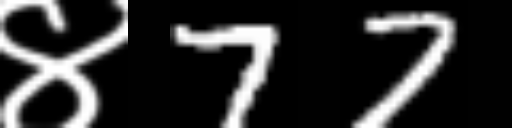
Text: ४77